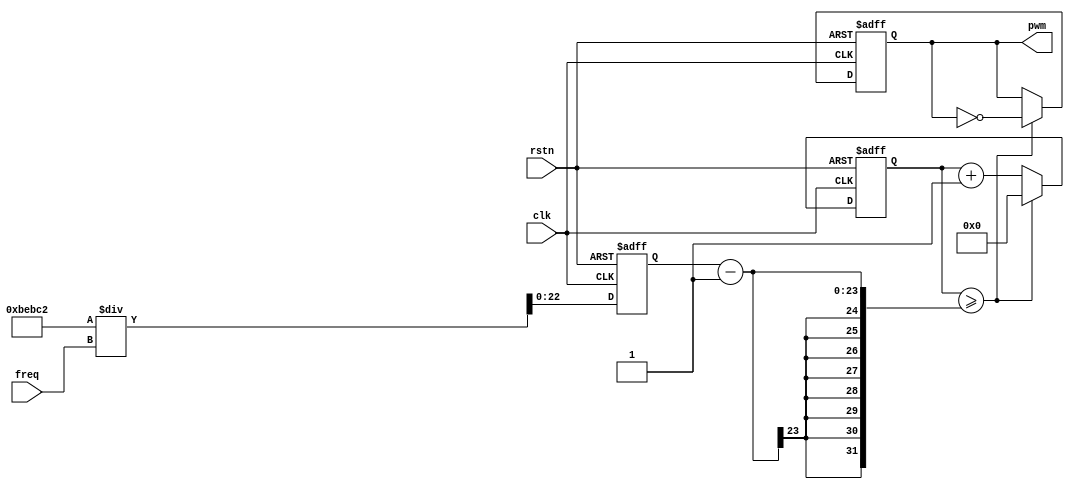
module pwm_adc (
    input               clk,
    input               rstn,
    input    [18:0]     freq,

    output   reg        pwm
);

reg [22:0]  cnt_max;
reg [22:0]cnt;

always @(posedge clk or negedge rstn) begin
    if(!rstn)
        cnt_max <= 0;
    else 
        cnt_max <= 781250 /  freq ; 
end

always @(posedge clk or negedge rstn) begin
    if(!rstn)
        cnt <= 0;
    else if(cnt >= cnt_max - 1)
        cnt <= 0;
    else
        cnt <= cnt + 1;
end

always @(posedge clk or negedge rstn) begin
    if(!rstn)
        pwm <= 0;
    else if(cnt >= cnt_max - 1)
        pwm <= ~pwm;
    else
        pwm <= pwm;
end




endmodule //pwm_adc